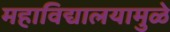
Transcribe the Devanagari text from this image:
महाविद्यालयामुळे